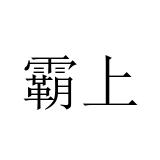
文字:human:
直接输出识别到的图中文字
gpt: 霸上